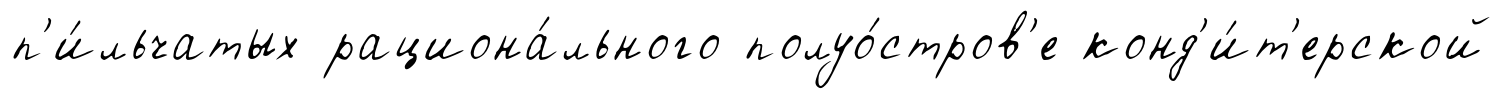
п'и́льчатых рациона́льного полуо́стров'е конд'и́т'ерской